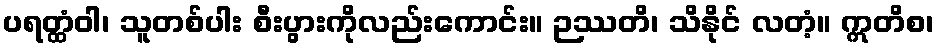
ပရတ္ထံဝါ၊ သူတစ်ပါး စီးပွားကိုလည်းကောင်း။ ဉဿတိ၊ သိနိုင် လတံ့။ ဣတိစ၊